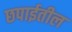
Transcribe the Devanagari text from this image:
छपाईतील